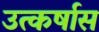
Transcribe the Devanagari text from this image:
उत्कर्षास